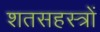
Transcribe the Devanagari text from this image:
शतसहस्त्रों